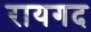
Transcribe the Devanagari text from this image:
रायगद